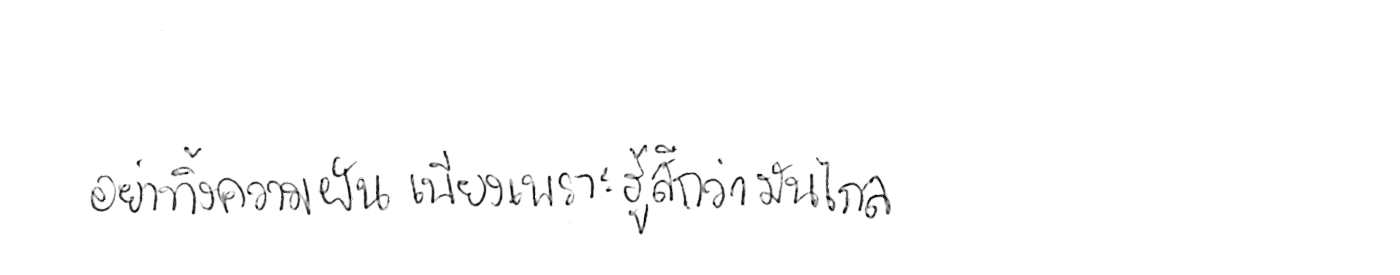
อย่าทิ้งความฝัน เพียงเพราะรู้สึกว่ามันไกล